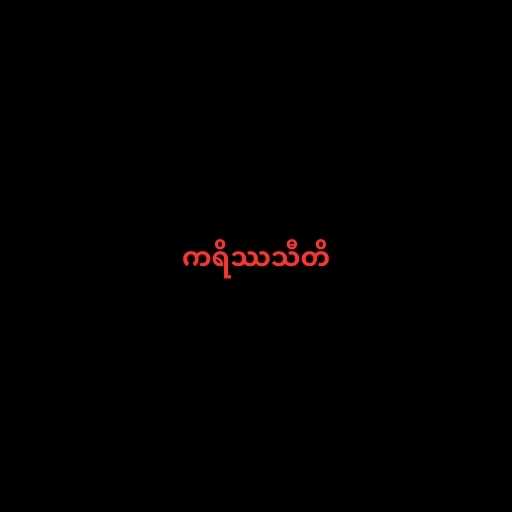
ကရိဿသီတိ